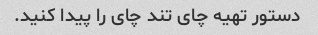
دستور تهیه چای تند چای را پیدا کنید.